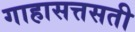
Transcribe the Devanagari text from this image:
गाहासत्तसती